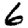
Digit: 6